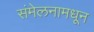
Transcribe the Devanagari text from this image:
संमेलनामधून